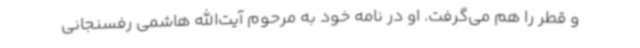
و قطر را هم می‌گرفت. او در نامه خود به مرحوم آیت‌الله هاشمی رفسنجانی